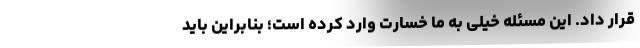
قرار داد. این مسئله خیلی به ما خسارت وارد کرده است؛ بنابراین باید